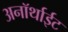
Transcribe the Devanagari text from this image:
अनॉर्थाईट